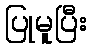
ပြုမူပြီး